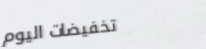
تخفيضات اليوم